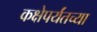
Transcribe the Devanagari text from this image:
कक्षेपर्यंतच्या